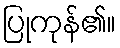
ပြုကုန်၏။